Indian journal of veterinary science and animal husbandry - Volume 13,
Year: 1943
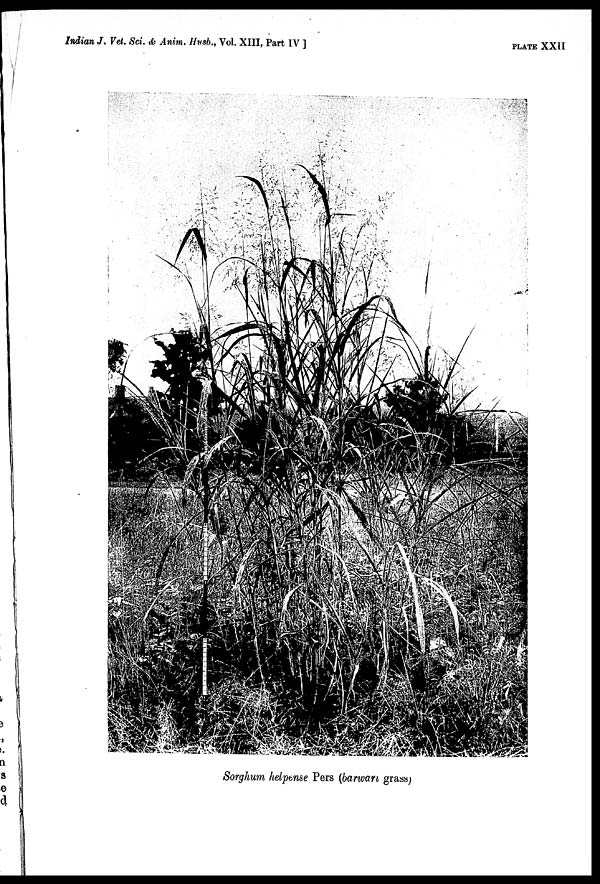
Indian J. Vet. Sci. & Anim. Husb., Vol. XIII, Part IV]
PLATE XXII
Sorghum helpense Pers (barwan grass)